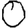
Digit: 0